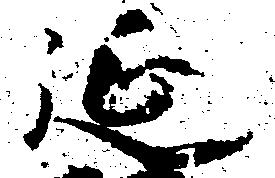
延